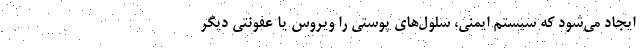
ایجاد می‌شود که سیستم ایمنی، سلول‌های پوستی را ویروس یا عفونتی دیگر